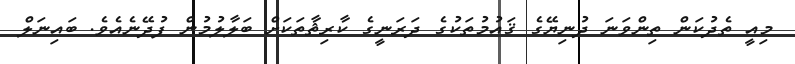
މިއީ ތެދުކަން ތިންވަނަ ދުނިޔޭގެ ޤައުމުތަކުގެ ދަރަނީގެ ކާރިޘާތަކަށް ބަލާލުމުން ފުދޭނެއެވެ. ބައިނަލް